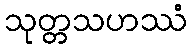
သုတ္တသဟဿံ